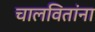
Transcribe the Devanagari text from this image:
चालवितांना